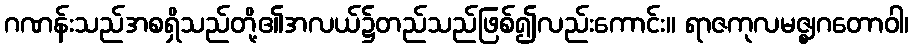
ဂဏန်းသည်အစရှိသည်တို့၏အလယ်၌တည်သည်ဖြစ်၍လည်းကောင်း။ ရာဇကုလမဇ္ဈဂတောဝါ၊